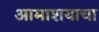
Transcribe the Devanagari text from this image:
आमाशयाचा